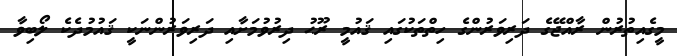
މީގެއިތުރުން ރާއްޖޭގެ ދަރިވަރުންގެ ހިތްތަކުގައި ޤައުމީ ރޫޙު ދިރުވުމަށާއި ދަރިވަރުންނަކީ ޤައުމުދެކެ ލޯބިވާ